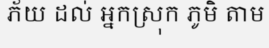
ភ័យ ដល់ អ្នកស្រុក ភូមិ តាម